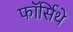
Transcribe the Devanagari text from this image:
फॉर्सिथे